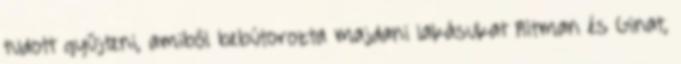
tudott gyűjteni, amiből bebútorozta majdani lakásukat Altman és Ginat,